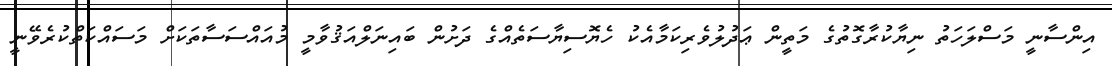
އިންސާނީ މަސްލަހަތު ނިޔާކުރާގޮތުގެ މަތީން ޢަދުލުވެރިކަމާއެކު ހެޔޮސިޔާސަތެއްގެ ދަށުން ބައިނަލްއަޤުވާމީ މުއައްސަސާތަކަށް މަސައްކަތްކުރެވޭނީ